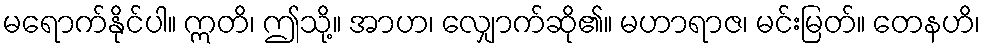
မရောက်နိုင်ပါ။ ဣတိ၊ ဤသို့။ အာဟ၊ လျှောက်ဆို၏။ မဟာရာဇ၊ မင်းမြတ်။ တေနဟိ၊